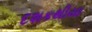
દશકથીયા